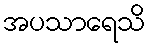
အပသာရေသိ